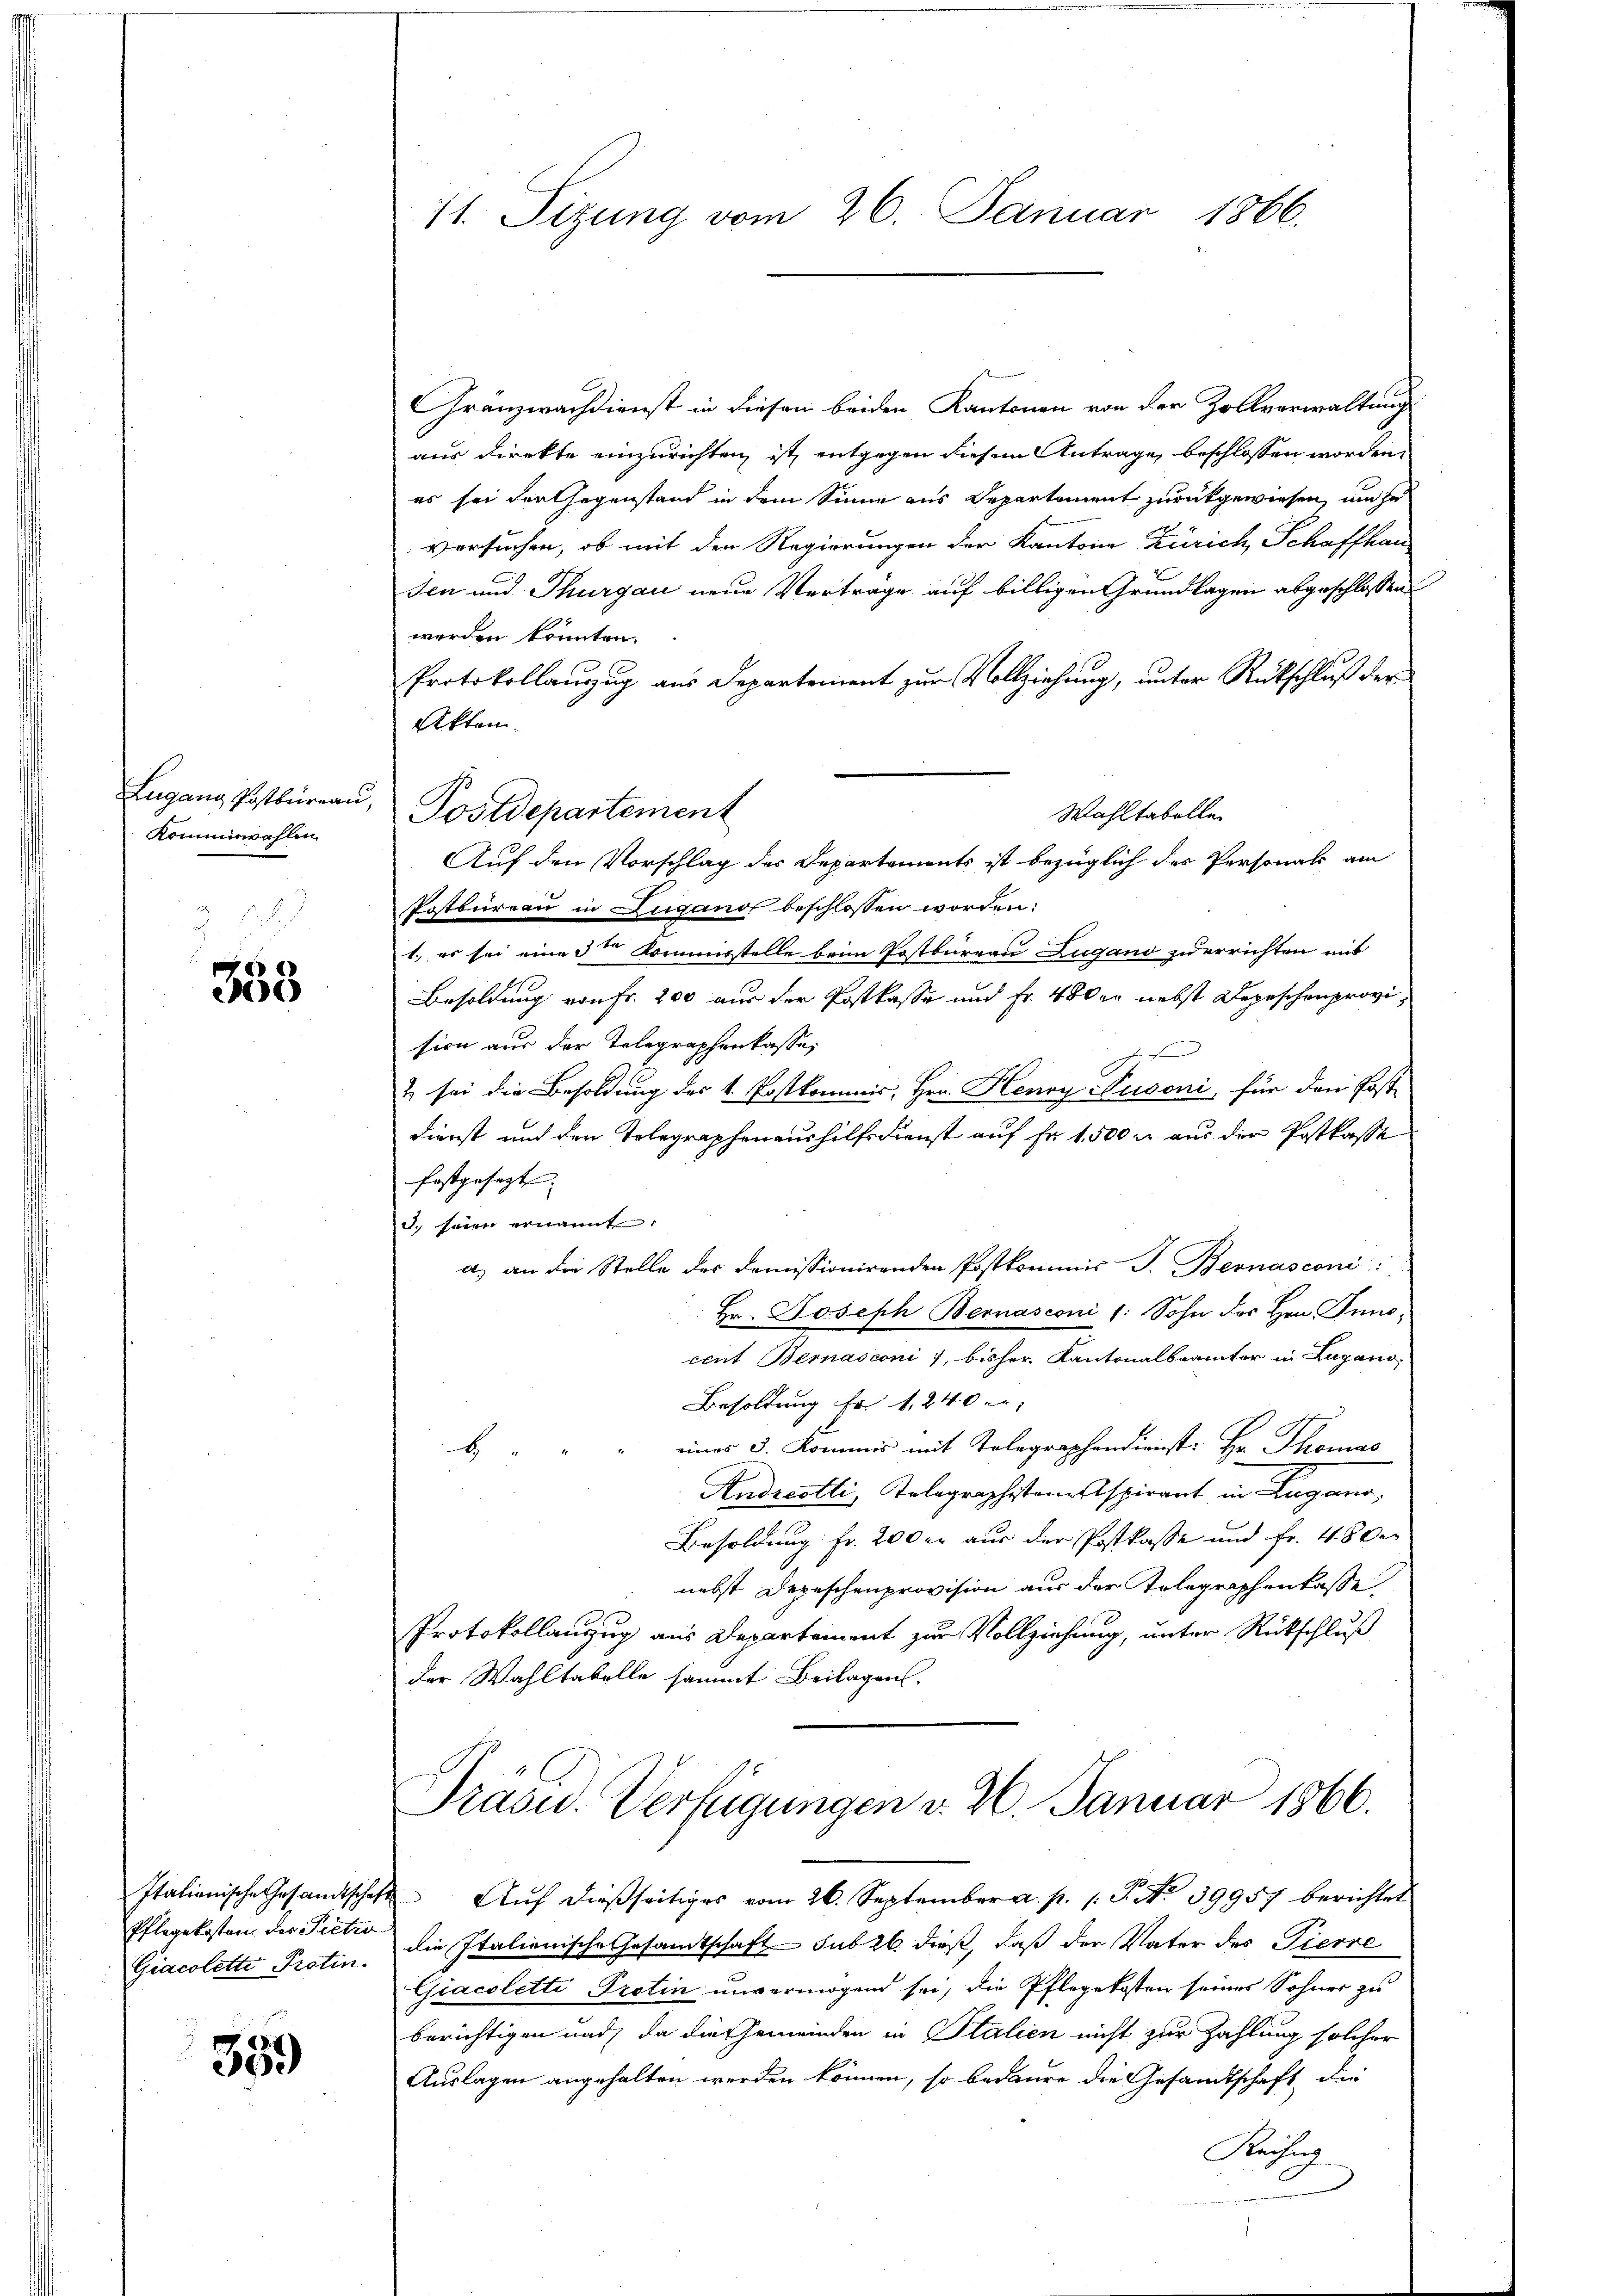
Lugang Postbureau.
Kommiswahlen

353

Italienische Gesandtschaft
Pflegekosten der Pietro
Giacolette Protin.

359

11. Sizung vom 26. Januar 1866.

Postdepartement

Gränzwachdienst in diesen beiden Kantonen von der Zollverwaltung
aus direkte einzurichten ist, entgegen diese Antrage beschlossen worden,
es sei der Gegenstand in dem Sinne aus Departement zurückgewiesen, um se
versuchen, ob mit den Regierungen der Kanton Zürich Schaffhau¬
Jen und Thurgau neue Vertrage auf billigen Grundlagen abgeschlossen
werden könnten.
Protokollanzug aus Departement zur Vollziehung, unter Rückschluß der
Akten.
Wahltabelle
Auf den Vorschlag des Departements ist bezüglich der Personals am
Postbureau in Zugano beschlossen worden:
1. es sei eine 3te Kommisstelle beim Postbüreau Lugano zu errichten mit
Besoldung von Fr. 200 aus der Postkasse und Fr. 40 der nebst Depeschenprovision aus der Telegraphenkasse,
h
2 sei die Besoldung des 4. Postkommis, Hrn. Henry Nusoni, für den Post-
Dienst und den Telegraphenaushilfsdienst auf fr. 1500 u. aus der Postkasse
festgesezt.
. seien ernannt,
a) an die Stelle des demissionirenden Postkommis J. Bernasconi:
Hr. Joseph Bernasconi (: Sohn des Hrn. Innocent Bernasconi, bisher Kantonalbrämter in Lugano,
Besoldung fr. 1240.
eines 3. Kommis mit Telegraphendienst: Hr. Thomas
H
Andrestli, Telegraphistanz spirant in Lugano,
Besoldung fr. 200 er aus der Postkasse und Fr. 48 de
nebst Depeschenprovision aus der Telegraphenkasse
Protokollanzug aus Departement zur Vollziehung, unter Rückschluß
der Wahltabelle sammt Beilagen,
Präsid.. Verfügungen v. 2. Januar 1866.
Auf dießseitiges vom 26. September a. p. 1. J. No 39957 berichtet
die Italienische Gesamtschaft sub 26. dieß, daß der Vater des Tierre
Giacoletti Protin unvermögend sei, die Pflegekosten seines Sohner zu
berichtigen und da die Gemeinden in Italien nicht zur Zahlung solcher
Auslagen angehalten werden können, so bedaure die Gesandtschaft die
Kechung